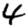
Digit: 4